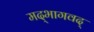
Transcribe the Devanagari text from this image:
मद्‌भागवद्‌